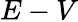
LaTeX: E-V